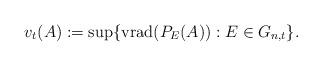
LaTeX: \begin{align*}v_t(A):= \sup \{{\rm vrad}(P_E(A)): E\in G_{n,t}\}.\end{align*}